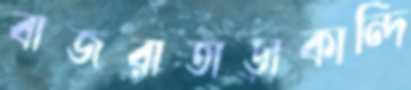
বাজরাতাড়াকান্দি